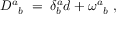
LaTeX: D ^ { a } { } _ { b } \; = \; \delta _ { b } ^ { a } d + \omega ^ { a } { } _ { b } \; ,